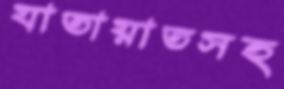
যাতায়াতসহ